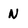
Character: N